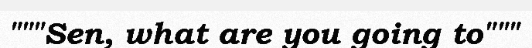
"""Sen, what are you going to"""